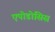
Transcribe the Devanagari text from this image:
एपोडोसिस